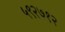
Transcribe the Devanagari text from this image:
५९२७१२